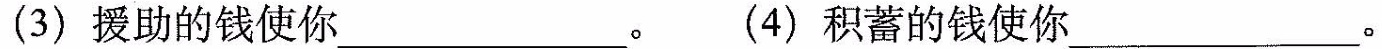
(3)援助的钱使你__________。(4)积蓄的钱使你___________。